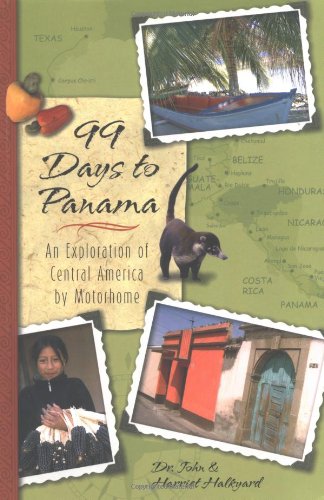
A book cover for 99 Days to Panama: An Exploration of Central America by Motorhome, How A Couple and Their Dog Discovered this New World in Their RV; John Halkyard; Travel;